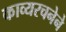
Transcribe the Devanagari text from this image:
काव्यरचनेने